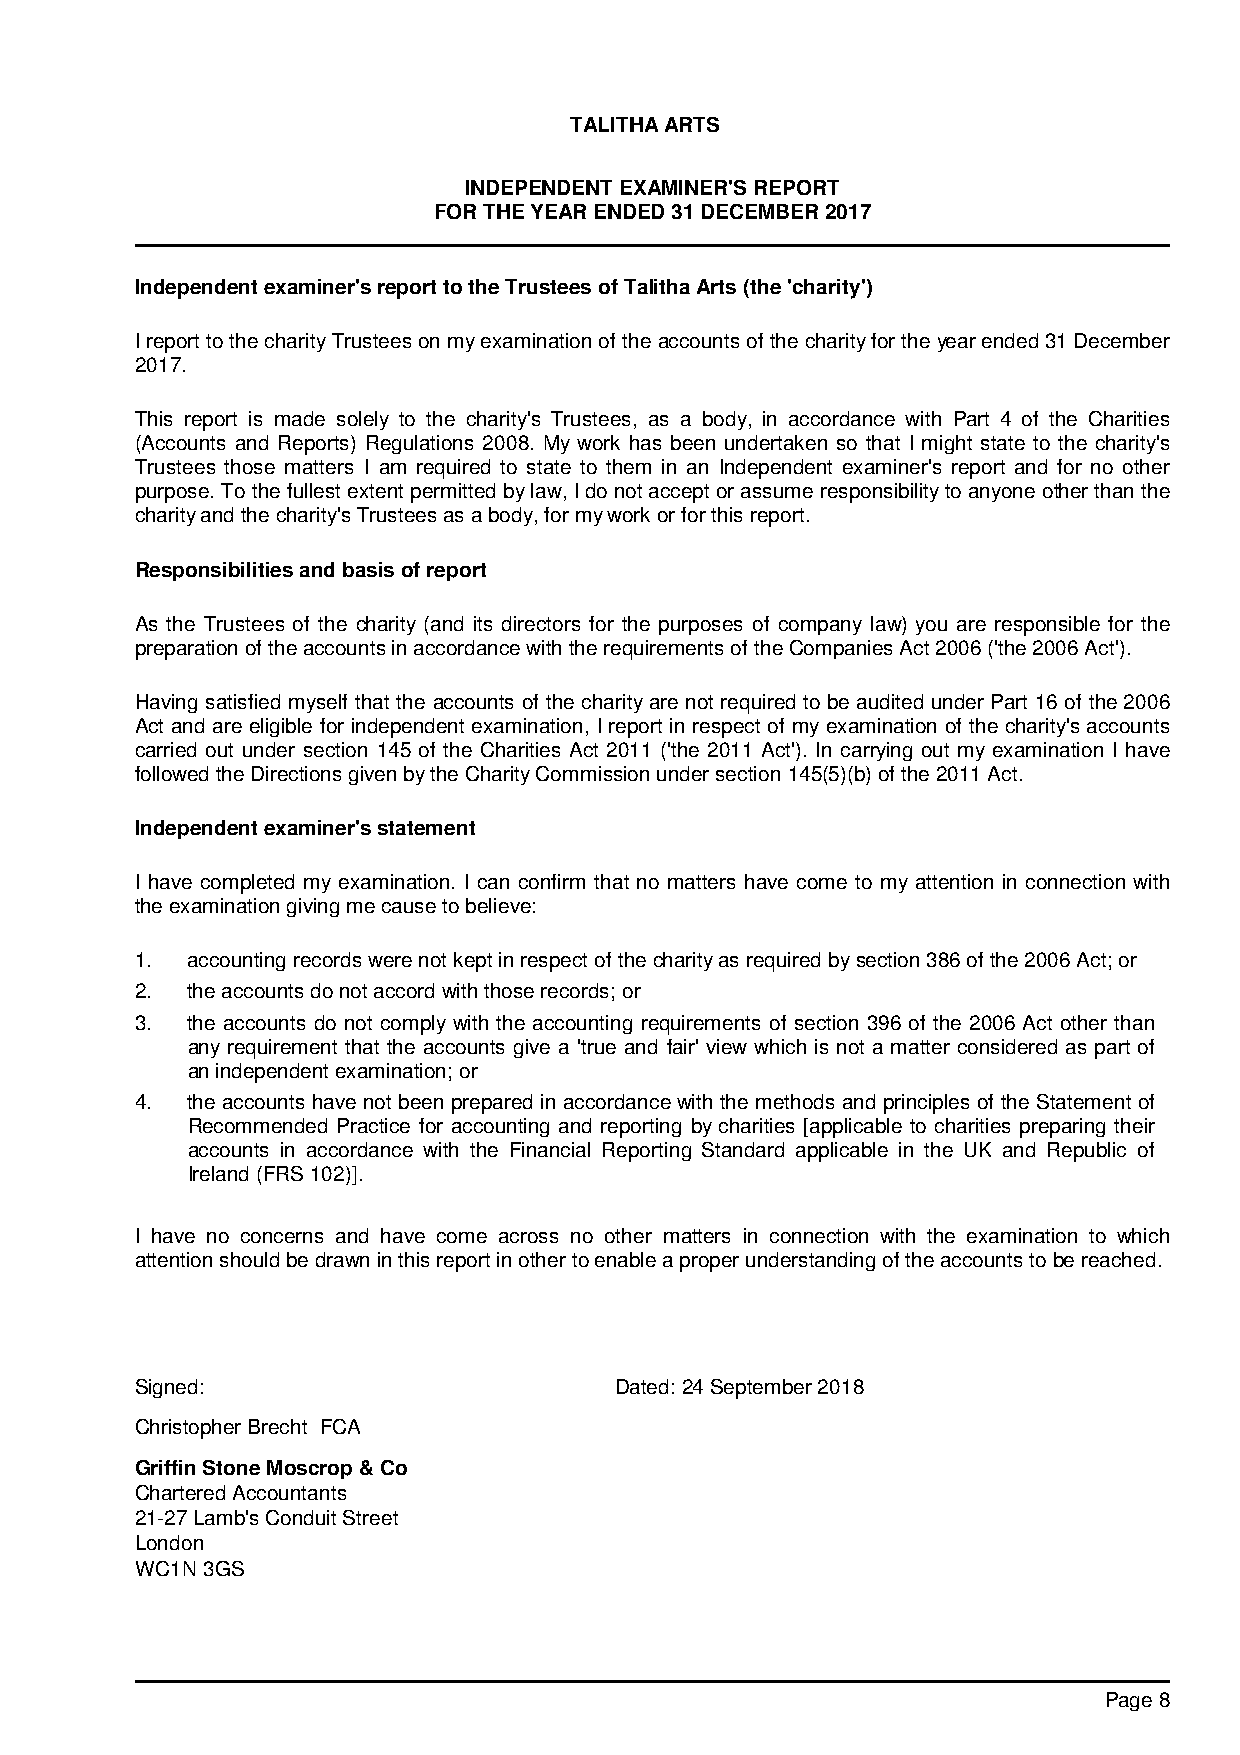
TALITHA ARTS
 INDEPENDENT EXAMINER'S REPORT
 FOR THE YEAR ENDED 31 DECEMBER 2017
 Independent examiner's report to the Trustees of Talitha Arts (the 'charity')
 I report to the charity Trustees on my examination of the accounts of the charity for the year ended 31 December
 2017.
 This report is made solely to the charity's Trustees, as a body, in accordance with Part 4 of the Charities
 (Accounts and Reports) Regulations 2008. My work has been undertaken so that I might state to the charity's
 Trustees those matters I am required to state to them in an Independent examiner's report and for no other
 purpose. To the fullest extent permitted by law, I do not accept or assume responsibility to anyone other than the
 charity and the charity's Trustees as a body, for my work or for this report.
 Responsibilities and basis of report
 As the Trustees of the charity (and its directors for the purposes of company law) you are responsible for the
 preparation of the accounts in accordance with the requirements of the Companies Act 2006 ('the 2006 Act').
 Having satisfied myself that the accounts of the charity are not required to be audited under Part 16 of the 2006
 Act and are eligible for independent examination, I report in respect of my examination of the charity's accounts
 carried out under section 145 of the Charities Act 2011 ('the 2011 Act'). In carrying out my examination I have
 followed the Directions given by the Charity Commission under section 145(5)(b) of the 2011 Act.
 Independent examiner's statement
 I have completed my examination. I can confirm that no matters have come to my attention in connection with
 the examination giving me cause to believe:
 1. accounting records were not kept in respect of the charity as required by section 386 of the 2006 Act; or
 2. the accounts do not accord with those records; or
 3. the accounts do not comply with the accounting requirements of section 396 of the 2006 Act other than
 any requirement that the accounts give a 'true and fair' view which is not a matter considered as part of
 an independent examination; or
 4. the accounts have not been prepared in accordance with the methods and principles of the Statement of
 Recommended Practice for accounting and reporting by charities [applicable to charities preparing their
 accounts in accordance with the Financial Reporting Standard applicable in the UK and Republic of
 Ireland (FRS 102)].
 I have no concerns and have come across no other matters in connection with the examination to which
 attention should be drawn in this report in other to enable a proper understanding of the accounts to be reached.
 Signed:                         Dated: 24 September 2018
 Christopher Brecht FCA
 Griffin Stone Moscrop & Co
 Chartered Accountants
 21-27 Lamb's Conduit Street
 London
 WC1N 3GS
 Page 8